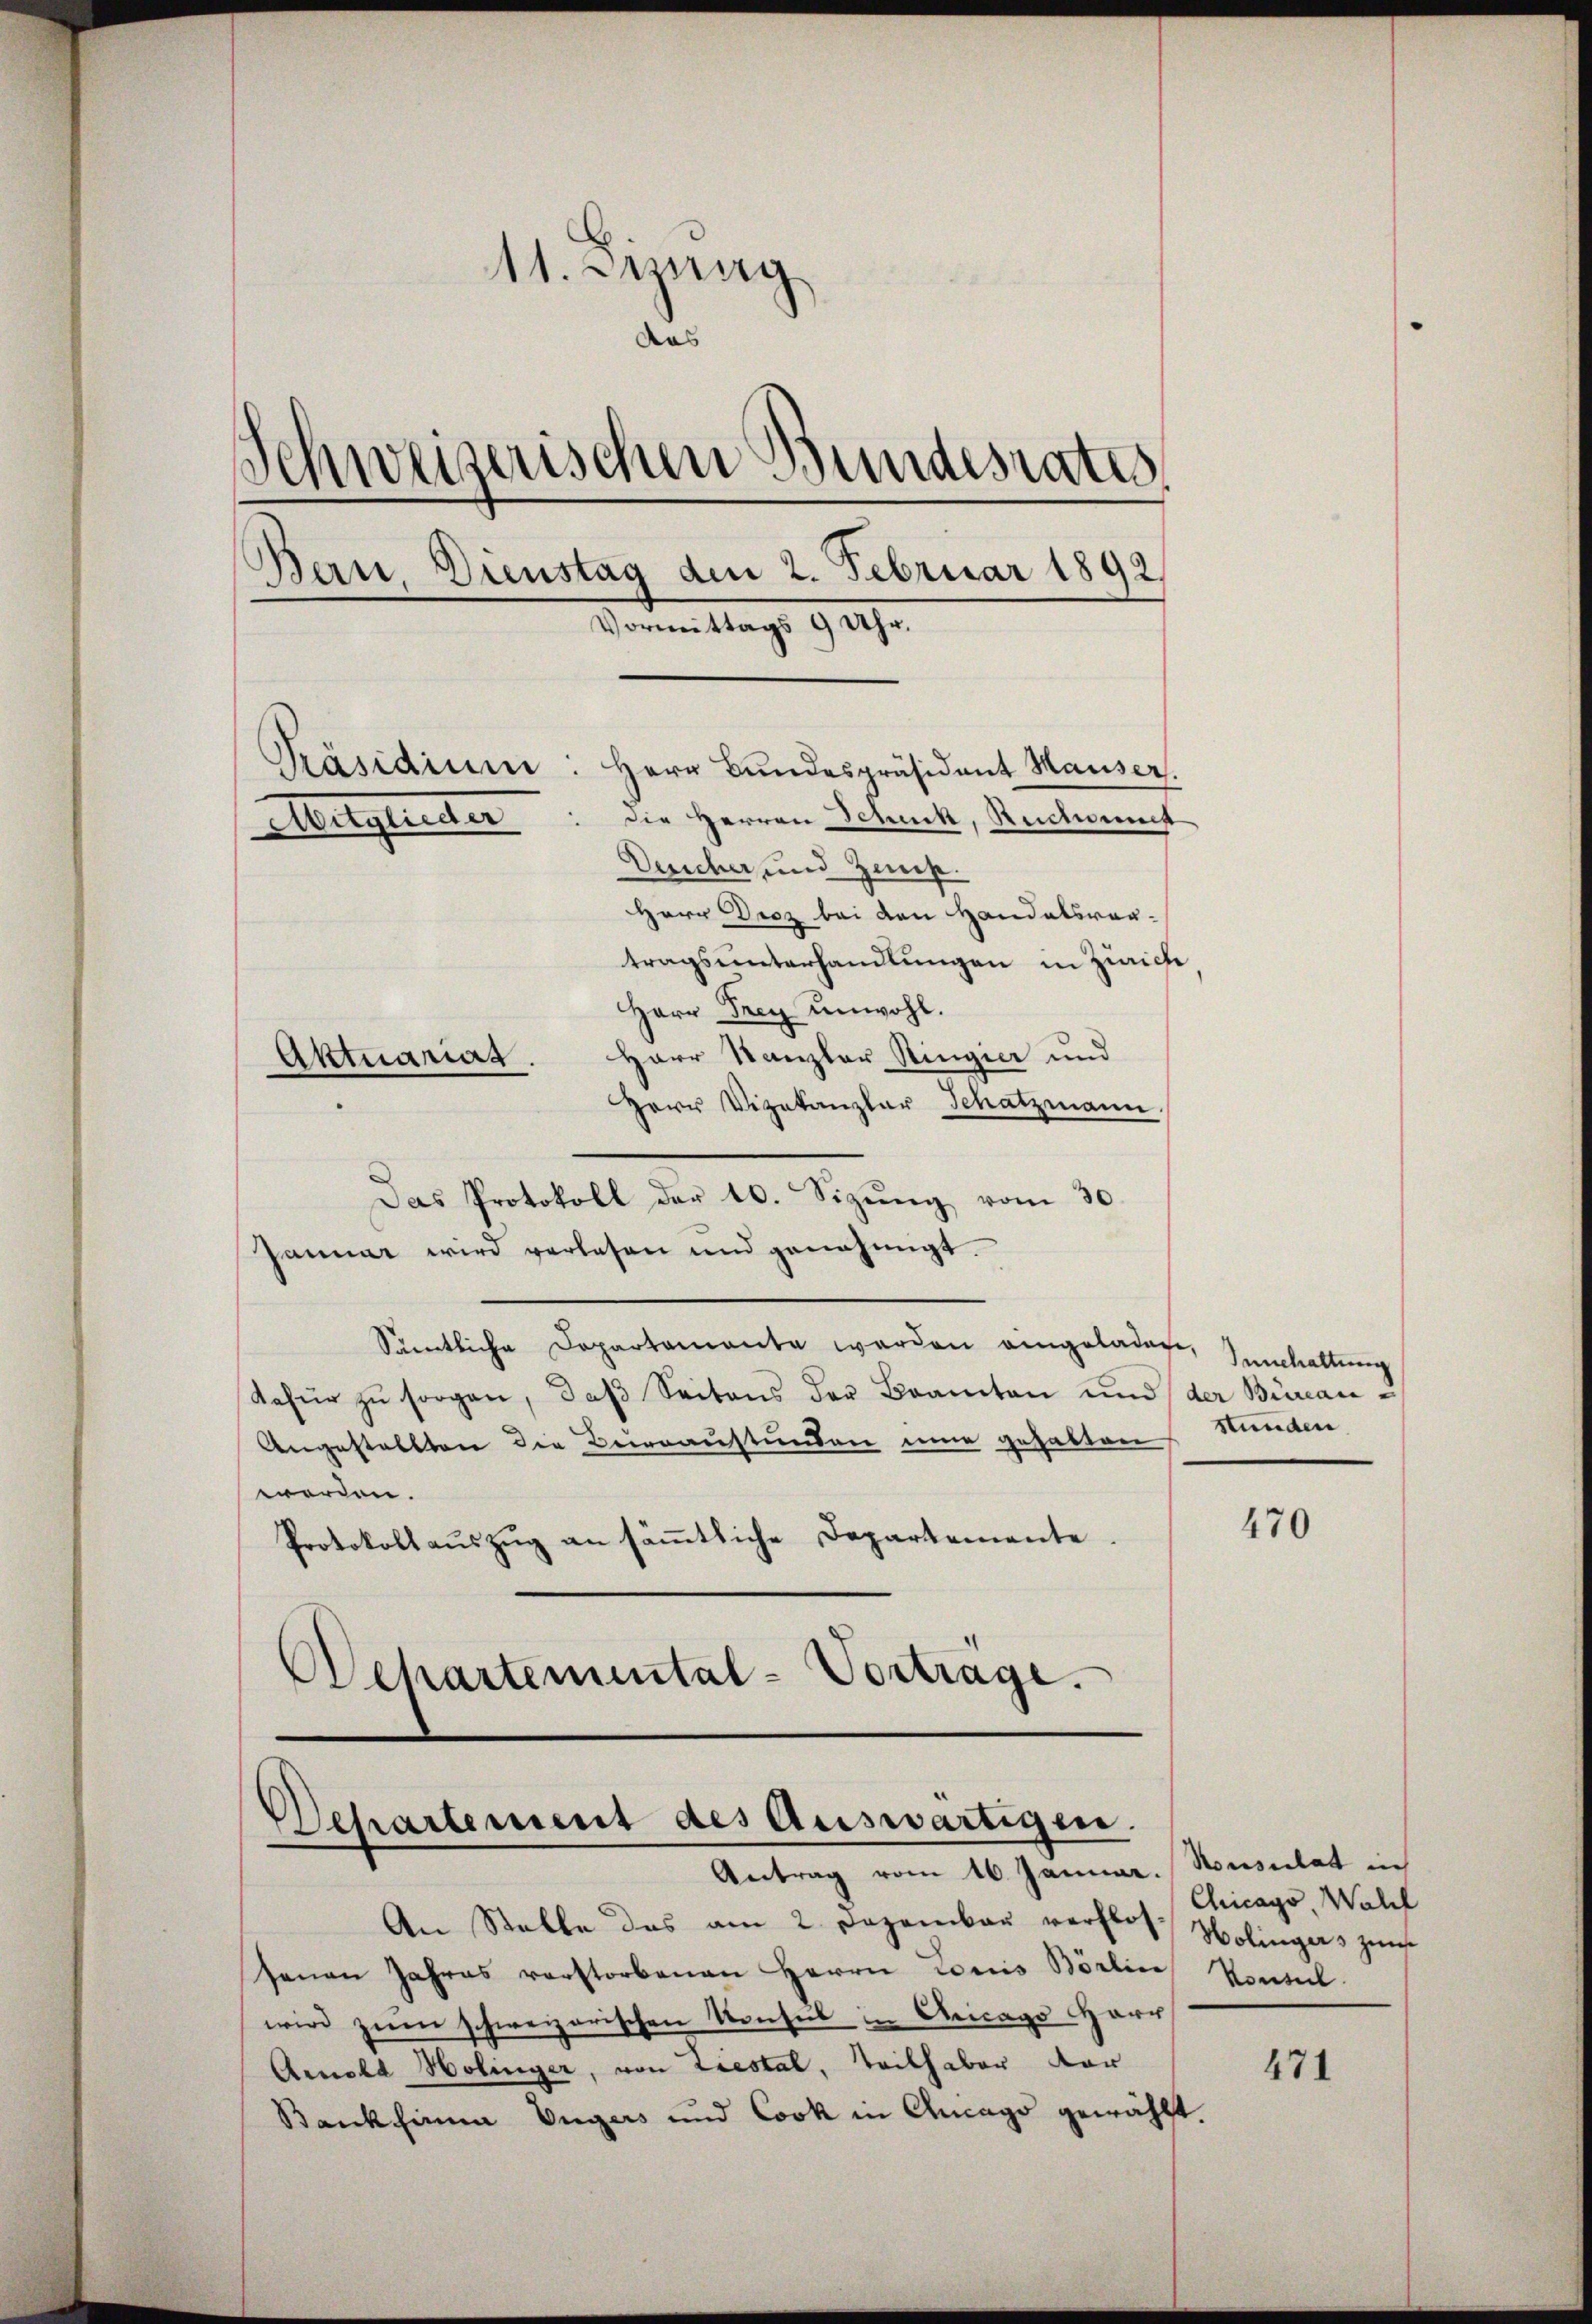
11. Jung
das
Schweizerischen Bundesrates
Bern, Dienstag den 2. Februar 1892.
Vormittags 9 Uhr.
Präsidium
Herr Bundespräsident Hauser.
die Herren Schuck, Ruches
Mitglieder
Dericher, und Zus
Herr Droz bei den Handelsvortragsunterhandlungen in Zürich
Herr Drey unwohl.
Herr Kanzler Ringier und
Aktuariat
Herr Vizekanzlar Schatzmann

Das Protokoll der 10. Sizung vom 30.
Januar wird verlesen und genehmigt.
Sämtliche Departamente werden eingeladen, Innhaltung
Rafür zŭ sorgen, daβ Seitens der Beamten und der Bürcan¬
Angestellten die Beinaustünden inne gehalten
worden.
Protokollaŭszŭg an säṁtliche Departemente.
Ochartemental-Vortrage.

Departement des Auswärtigen.
Antrag vom 16. Januar. Konsulat in

An Stelle das am 2. Dezember verflos Holingers zun
senen Jahres verstorbenen Herrn Louis Börlin
wird zum schweizerischen Konsul in Aricago Harr
Arnold Holinger, von Liestal, Teilhaber dor
Bankhinna Vngers und Cook in Ancags gewählt

stunden.

470

Chicago, Wall
Vonsul

471